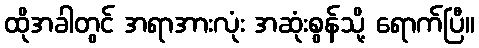
ထိုအခါတွင် အရာအားလုံး အဆုံးစွန်သို့ ရောက်ပြီ။